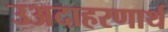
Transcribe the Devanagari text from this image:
उअदाहरणार्थ